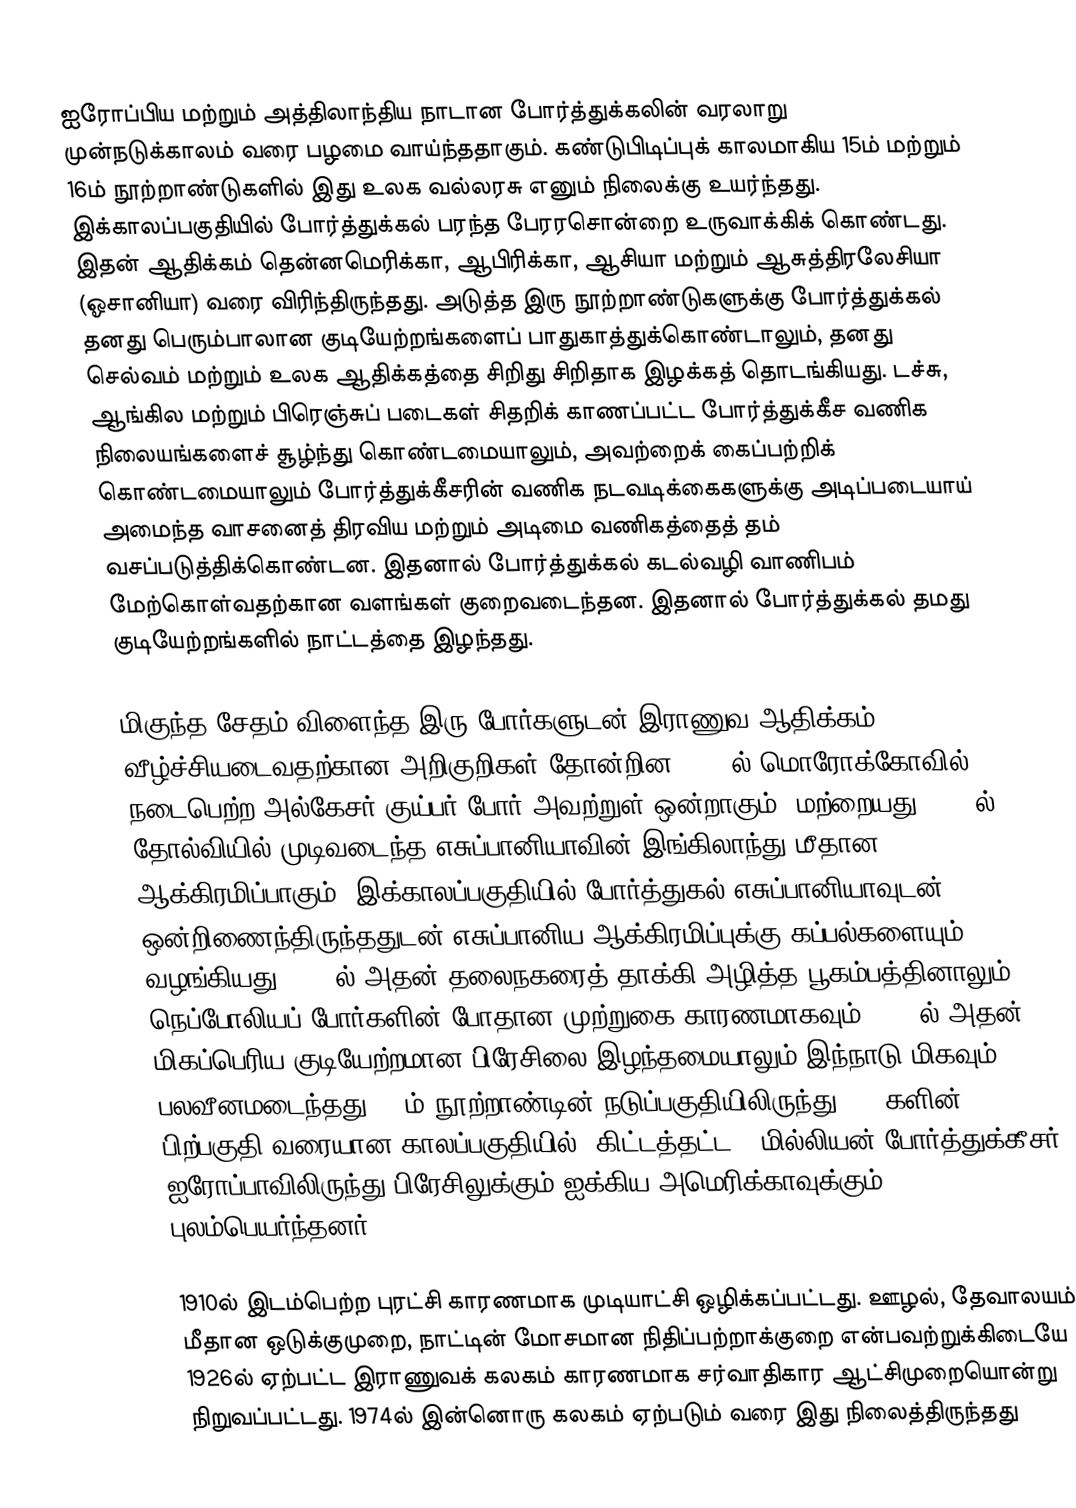
ஐரோப்பிய மற்றும் அத்திலாந்திய நாடான போர்த்துக்கலின் வரலாறு முன்நடுக்காலம் வரை பழமை வாய்ந்ததாகும். கண்டுபிடிப்புக் காலமாகிய 15ம் மற்றும் 16ம் நூற்றாண்டுகளில் இது உலக வல்லரசு எனும் நிலைக்கு உயர்ந்தது. இக்காலப்பகுதியில் போர்த்துக்கல் பரந்த பேரரசொன்றை உருவாக்கிக் கொண்டது. இதன் ஆதிக்கம் தென்னமெரிக்கா, ஆபிரிக்கா, ஆசியா மற்றும் ஆசுத்திரலேசியா (ஓசானியா) வரை விரிந்திருந்தது. அடுத்த இரு நூற்றாண்டுகளுக்கு போர்த்துக்கல் தனது பெரும்பாலான குடியேற்றங்களைப் பாதுகாத்துக்கொண்டாலும், தனது செல்வம் மற்றும் உலக ஆதிக்கத்தை சிறிது சிறிதாக இழக்கத் தொடங்கியது. டச்சு, ஆங்கில மற்றும் பிரெஞ்சுப் படைகள் சிதறிக் காணப்பட்ட போர்த்துக்கீச வணிக நிலையங்களைச் சூழ்ந்து கொண்டமையாலும், அவற்றைக் கைப்பற்றிக் கொண்டமையாலும் போர்த்துக்கீசரின் வணிக நடவடிக்கைகளுக்கு அடிப்படையாய் அமைந்த வாசனைத் திரவிய மற்றும் அடிமை வணிகத்தைத் தம் வசப்படுத்திக்கொண்டன. இதனால் போர்த்துக்கல் கடல்வழி வாணிபம் மேற்கொள்வதற்கான வளங்கள் குறைவடைந்தன. இதனால் போர்த்துக்கல் தமது குடியேற்றங்களில் நாட்டத்தை இழந்தது.

மிகுந்த சேதம் விளைந்த இரு போர்களுடன் இராணுவ ஆதிக்கம் வீழ்ச்சியடைவதற்கான அறிகுறிகள் தோன்றின. 1578ல் மொரோக்கோவில் நடைபெற்ற அல்கேசர் குய்பர் போர் அவற்றுள் ஒன்றாகும். மற்றையது, 1588ல் தோல்வியில் முடிவடைந்த எசுப்பானியாவின் இங்கிலாந்து மீதான ஆக்கிரமிப்பாகும். இக்காலப்பகுதியில் போர்த்துகல் எசுப்பானியாவுடன் ஒன்றிணைந்திருந்ததுடன் எசுப்பானிய ஆக்கிரமிப்புக்கு கப்பல்களையும் வழங்கியது. 1755ல் அதன் தலைநகரைத் தாக்கி அழித்த பூகம்பத்தினாலும், நெப்போலியப் போர்களின் போதான முற்றுகை காரணமாகவும், 1822ல் அதன் மிகப்பெரிய குடியேற்றமான பிரேசிலை இழந்தமையாலும் இந்நாடு மிகவும் பலவீனமடைந்தது. 19ம் நூற்றாண்டின் நடுப்பகுதியிலிருந்து 1950களின் பிற்பகுதி வரையான காலப்பகுதியில், கிட்டத்தட்ட 2 மில்லியன் போர்த்துக்கீசர் ஐரோப்பாவிலிருந்து பிரேசிலுக்கும் ஐக்கிய அமெரிக்காவுக்கும் புலம்பெயர்ந்தனர்.

1910ல் இடம்பெற்ற புரட்சி காரணமாக முடியாட்சி ஒழிக்கப்பட்டது. ஊழல், தேவாலயம் மீதான ஒடுக்குமுறை, நாட்டின் மோசமான நிதிப்பற்றாக்குறை என்பவற்றுக்கிடையே 1926ல் ஏற்பட்ட இராணுவக் கலகம் காரணமாக சர்வாதிகார ஆட்சிமுறையொன்று நிறுவப்பட்டது. 1974ல் இன்னொரு கலகம் ஏற்படும் வரை இது நிலைத்திருந்தது